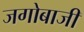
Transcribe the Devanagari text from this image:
जगोबाजी